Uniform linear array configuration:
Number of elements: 32
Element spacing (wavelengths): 0.25
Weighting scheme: cosine
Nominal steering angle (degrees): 45
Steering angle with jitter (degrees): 46.599
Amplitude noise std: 0.05
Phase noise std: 0.05

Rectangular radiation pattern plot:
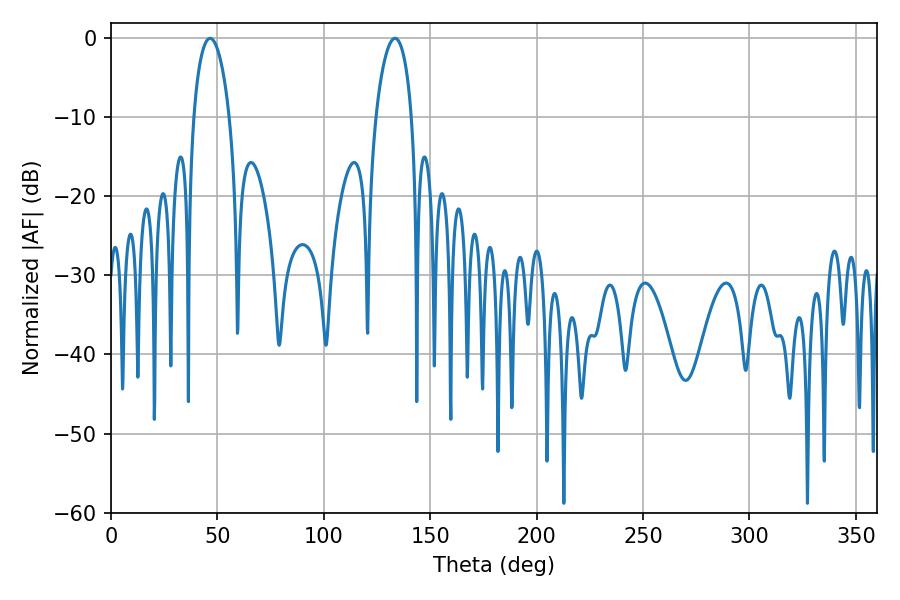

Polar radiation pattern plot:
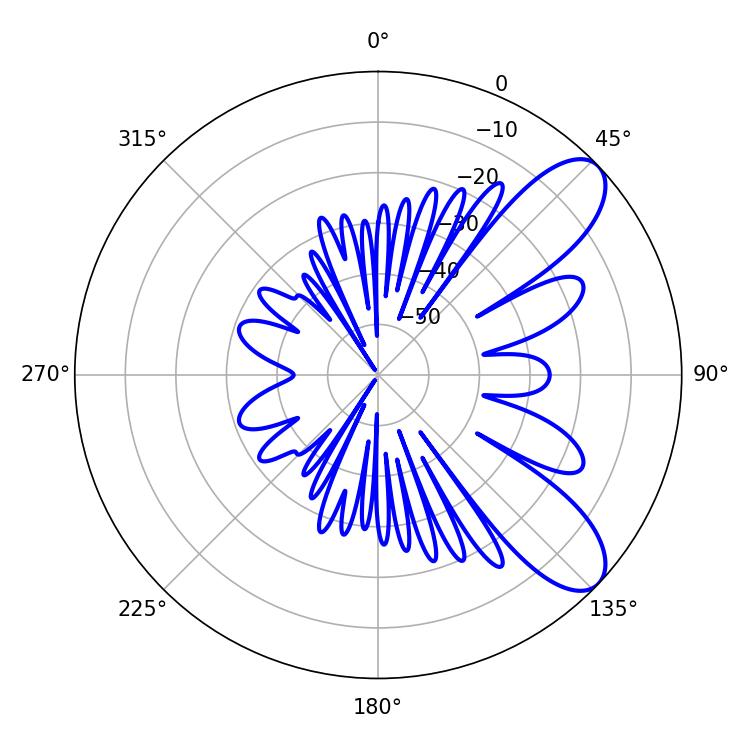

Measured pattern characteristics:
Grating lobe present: FALSE
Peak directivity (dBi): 8.764
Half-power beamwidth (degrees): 9.54
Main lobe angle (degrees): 46.62